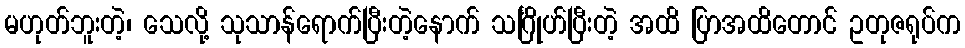
မဟုတ်ဘူးတဲ့၊ သေလို့ သုသာန်ရောက်ပြီးတဲ့နောက် သင်္ဂြိုဟ်ပြီးတဲ့ အထိ ပြာအထိတောင် ဥတုဇရုပ်က